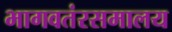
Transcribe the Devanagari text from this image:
भागवतंरसमालय